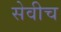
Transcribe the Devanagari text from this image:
सेवीच